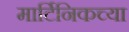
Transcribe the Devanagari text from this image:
मार्टिनिकच्या